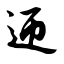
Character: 迎